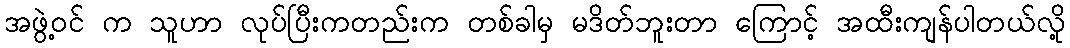
အဖွဲ့ဝင် က သူဟာ လုပ်ပြီးကတည်းက တစ်ခါမှ မဒိတ်ဘူးတာ ကြောင့် အထီးကျန်ပါတယ်လို့